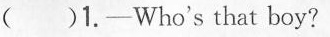
()1.—Who's that boy?